Vital statistics of India. Vol. IV, Annual returns from 1871 to 1876. British Army of India, Native Army and jails of Bengal
Year: 1871
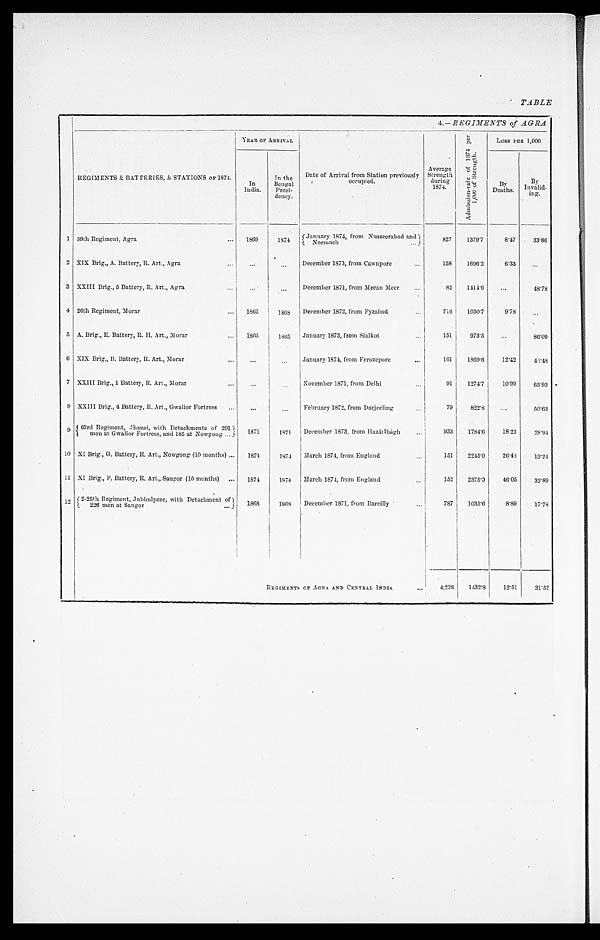
TABLE
4.— REGIMENTS of AGRA
REGIMENTS & BATTERIES, & STATIONS OF 1874.
YEAR OF ARRIVAL
Date of Arrival from Station previously
occupied.
Average
Strength
during
1874.
A d m i s s i o n - r a t e o f 1 8 7 4 p e r 1 , 0 0 0 o f S t r e n g t h .
LOSS PER 1,000
In
India.
In the
Bengal
Presi-
dency.
By
Deaths.
By
Invalid- ing.
1 59th Regiment, Agra . . . 1869
1874
(January 1874, from Nusseerabad and)
Neemuch . . .
827
1379.7
8.47
33.86
2 XIX Brig., A. Battery, R. Art., Agra . . .
. . .
. . .
December 1873, from Cawnpore . . .
158
1696.2
6.33
. . .
3 XXIII Brig., 5 Battery, R. Art., Agra . . .
. . .
. . .
December 1871, from Meean Meer . . .
82
1414.6
. . . 48.78
4 26th Regiment, Morar . . . 1865
1868
December 1872, from Fyzabad . . .
716
1030.7
9.78
. . .
5 A. Brig., E. Battery, R. H. Art., Morar . . .
1865
1865
January 1873, from Sialkot . . .
151 973.5
. . . 86.09
6 XIX Brig., B. Battery, R. Art., Morar . . .
. . .
. . .
January 1874, from Ferozepore . . .
161
1869.6
12.42
43. 48
7 XXIII Brig., 1 Battery, R. Art., Morar . . .
. . .
. . .
November 1871, from Delhi . . .
91
1274.7
10.99
65.93
8 XXIII Brig., 4 Battery, R. Art., Gwalior Fortress . . .
. . .
. . . February 1872, from Darjeeling . . .
79
822.8
. . .
50.63
9 63rd Regiment, Jhansi, with Detachments of 291 men at Gwalior Fortress, and 185 at Nowgong . . .
1871
1871
December 1873, from Hazáribágh . . .
933
1784.6
18.22
28. 94
10 XI Brig., G. Battery, R. Art., Nowgong (10 months) . . .
1874
1874
March 1874, from England . . .
151
2245.0
26.48
13. 24
1 1 XI Brig., F. Battery, R. Art., Saugor (10 months) . . . 1874
1874
March 1874, from England . . .
152
2375.0
46.05
32.89
1 2
2-25th Regiment, Jubbulpore, with Detachment of
226 men at Saugor . . . 1868
1868
December 1871, from Bareilly . . .
787 1035.6
8 . 8 9
17.78
REGIMENTS OF AGRA AND CENTRAL INDIA. . .
4,238
1432.8
12.51
31.52